Vaccine operations Central Provinces 1900-1911 - 1900-1911
Year: 1900
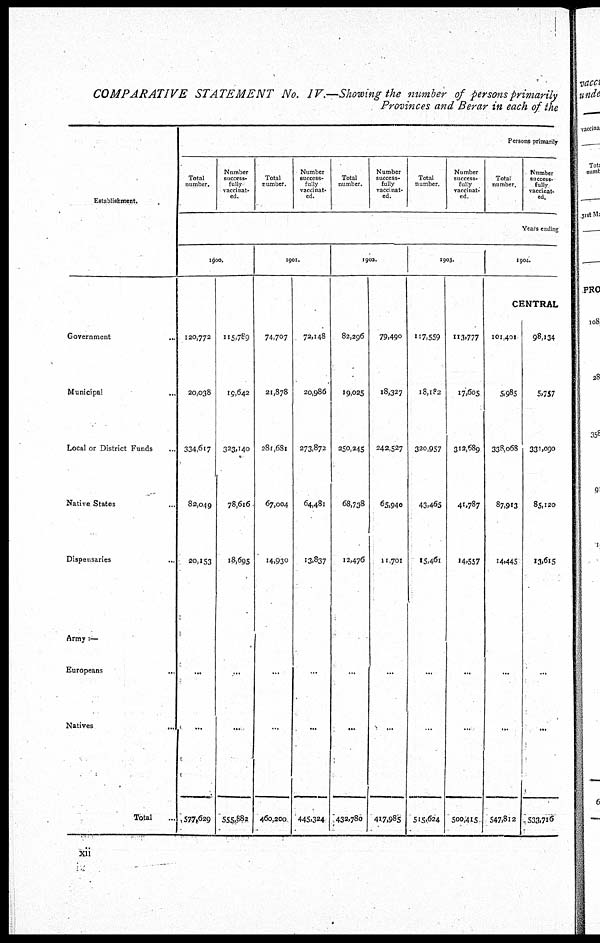
COMPARATIVE STATEMENT No. IV.—Showing the number of persons primarily
Provinces and Berar in each of the
Establishment.
Government ..
Municipal
...
Local or District Funds ...
Native States ...
Dispensaries ...
Army:—
Europeans
...
Natives
...
Total ...
Persons primarily
Total
number.
Number
success¬
fully
vaccinat-
ed.
Total
number.
Number
success-
fully
vaccinat-
ed.
Total
number.
Number
success-
fully
vaccinat-
ed.
Total
number.
Number
success-
fully
vaccinat-
ed.
Total
number.
Number
success-
fully
vaccinat-
ed.
Years ending
1900.
120,772
20,038
334,617
82,049
20,153
...
...
577,629
115,789
19,642
323,140
78,616
18,695
...
...
555,882
1901.
74,707
21,878
281,681
67,004
14,930
...
...
460,200
72,148
20,986
273,872
64,481
13,837
...
...
445,324
1902.
82,296
19,025
250,245
68,738
12,476
...
...
432,780
79,490
18,327
242,527
65,940
11,701
...
...
417,985
1903.
117,559
18,182
320,957
43,465
15,461
...
...
515,624
113,777
17,605
312,689
41,787
14,557
...
...
500,415
1904.
CENTRAL
101,401
5,985
338,068
87,913
14,445
...
...
547,812
98,134
5,757
331,090
85,120
13,615
...
...
533,716
xii